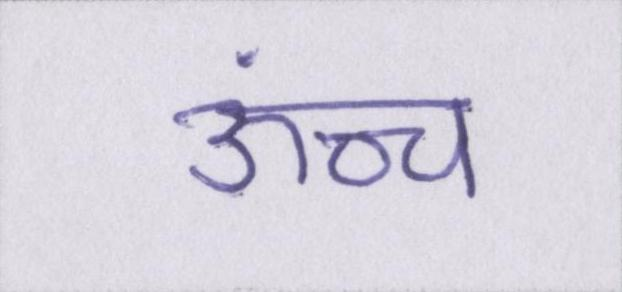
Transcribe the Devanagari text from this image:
ऊंच्च